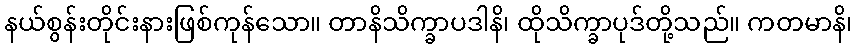
နယ်စွန်းတိုင်းနားဖြစ်ကုန်သော။ တာနိသိက္ခာပဒါနိ၊ ထိုသိက္ခာပုဒ်တို့သည်။ ကတမာနိ၊